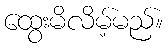
ထွေးမိလိမ့်မည်။